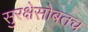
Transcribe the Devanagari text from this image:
सुरक्षेसोबतच